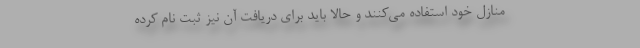
منازل خود استفاده می‌کنند و حالا باید برای دریافت آن نیز ثبت نام کرده